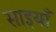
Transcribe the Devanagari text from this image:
साइयाँ